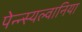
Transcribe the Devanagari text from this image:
पेन्न्स्यल्वानिया